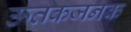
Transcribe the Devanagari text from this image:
ऊतकजनक